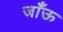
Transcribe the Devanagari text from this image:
जाँऊ